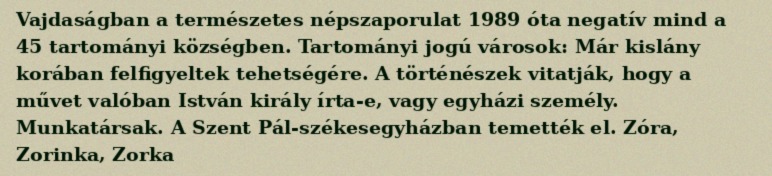
Vajdaságban a természetes népszaporulat 1989 óta negatív mind a 45 tartományi községben. Tartományi jogú városok: Már kislány korában felfigyeltek tehetségére. A történészek vitatják, hogy a művet valóban István király írta-e, vagy egyházi személy. Munkatársak. A Szent Pál-székesegyházban temették el. Zóra, Zorinka, Zorka